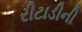
રીટાડીની